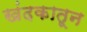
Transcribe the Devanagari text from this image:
खंदकातून